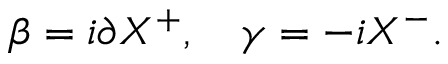
\beta = i \partial X ^ { + } , \quad \gamma = - i X ^ { - } .